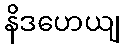
နိဒဟေယျ